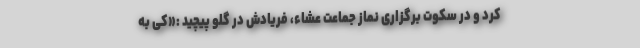
کرد و در سکوت برگزاری نماز جماعت عشاء، فریادش در گلو پیچید :«کی به